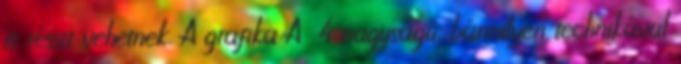
is részt vehetnek. A grafika A 4 nagyságú, bármilyen technikával